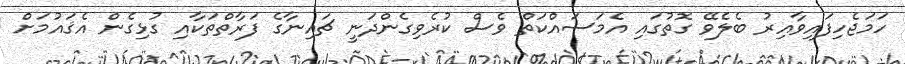
ހަމަޖެހިފައިވާއިރު ބެލެވޭ ގޮތުގައި އެމަސައްކަތް ވެސް ކުރެވިގެންދަނީ ޗައިނާގެ ފަރާތްތަކާއި ގުޅިގެން އެޤައުމަށް